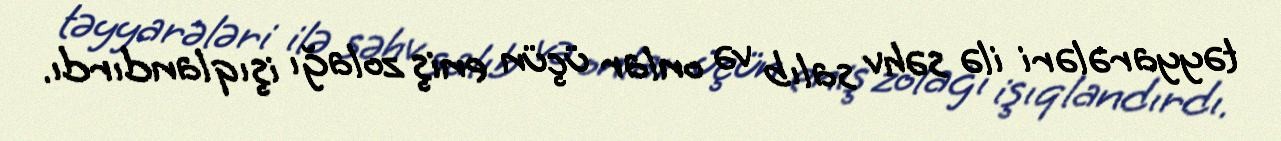
təyyarələri ilə səhv salıb və onlar üçün eniş zolağı işıqlandırdı.